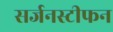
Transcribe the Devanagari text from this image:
सर्जनस्टीफन